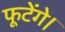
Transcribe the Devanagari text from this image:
फूटेंगे।